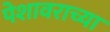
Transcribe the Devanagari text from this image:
पेशावराच्या